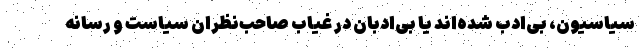
سیاسیون، بی‌ادب شده‌اند یا بی‌ادبان در غیاب صاحب‌نظران سیاست و رسانه